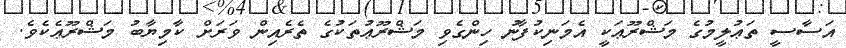
އަސާސީ ތަޢުލީމުގެ މަޝްރޫޢަކީ އެމަނިކުފާނު ހިންގެވި މަޝްރޫޢުތަކުގެ ތެރެއިން ވަރަށް ކާމިޔާބު މަޝްރޫޢެކެވެ.